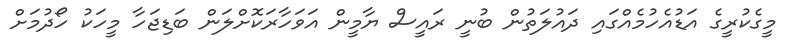
މީގެކުރީގެ އަޑުއެހުމެއްގައި ދައުލަތުން ބުނީ ރައީސް ޔާމީން އަވަހާރަކޮށްލަން ބަޑިޖަހާ މީހަކު ހޯދުމަށް